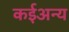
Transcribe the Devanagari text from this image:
कईअन्य